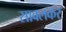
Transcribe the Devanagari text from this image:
सावलकर